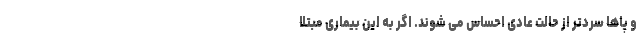
و پاها سردتر از حالت عادی احساس می شوند. اگر به این بیماری مبتلا